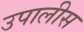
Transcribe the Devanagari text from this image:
उपालीस